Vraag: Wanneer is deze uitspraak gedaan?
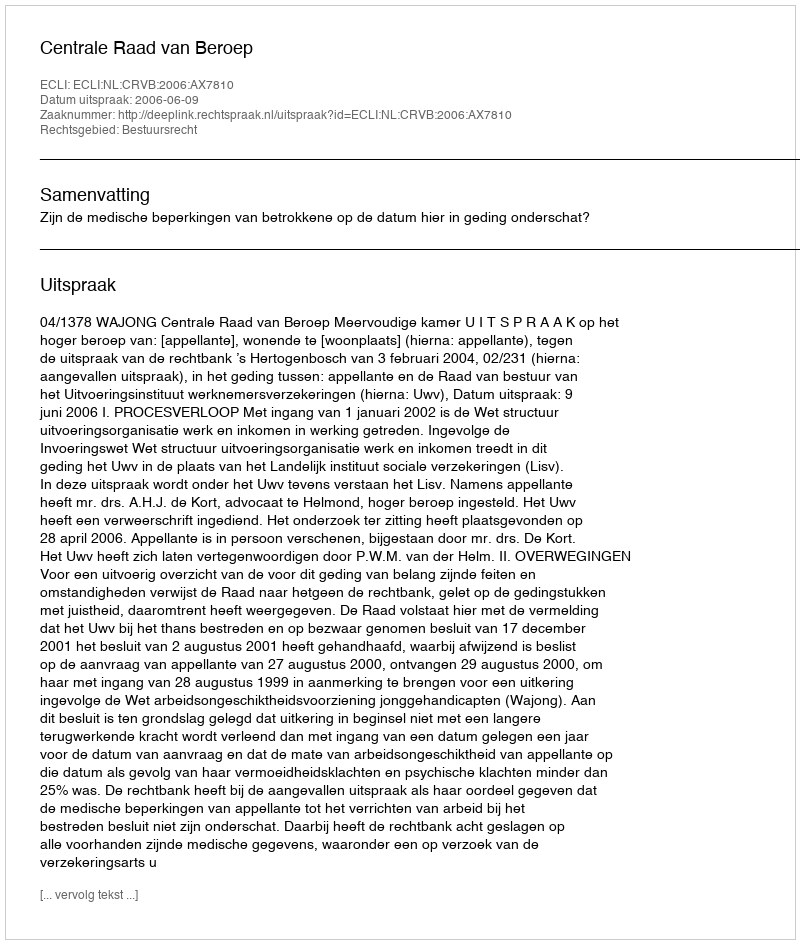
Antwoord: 2006-06-09